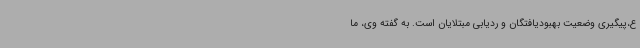
ع،پیگیری وضعیت بهبودیافتگان و ردیابی مبتلایان است. به گفته وی، ما